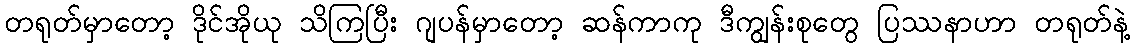
တရုတ်မှာတော့ ဒိုင်အိုယု သိကြပြီး ဂျပန်မှာတော့ ဆန်ကာကု ဒီကျွန်းစုတွေ ပြဿနာဟာ တရုတ်နဲ့